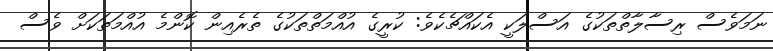
ނަމަވެސް ރިސާލާތްތަކުގެ އަސްލަކީ އެކައްޗެކެވެ: ކުރީގެ އުއްމަތްތަކުގެ ތެރެއިން ކޮންމެ އުއްމަތަކަށް ވެސް